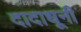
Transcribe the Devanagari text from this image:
दादाधूनी